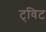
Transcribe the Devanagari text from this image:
ट्‌विट